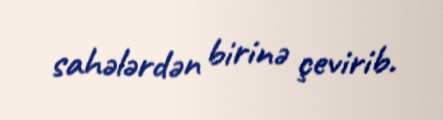
sahələrdən birinə çevirib.